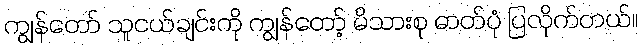
ကျွန်တော် သူငယ်ချင်းကို ကျွန်တော့် မိသားစု ဓာတ်ပုံ ပြလိုက်တယ်။